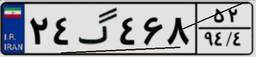
۲۴گ۴۶۸۵۲